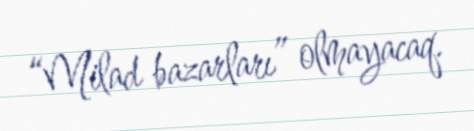
“Milad bazarları” olmayacaq.